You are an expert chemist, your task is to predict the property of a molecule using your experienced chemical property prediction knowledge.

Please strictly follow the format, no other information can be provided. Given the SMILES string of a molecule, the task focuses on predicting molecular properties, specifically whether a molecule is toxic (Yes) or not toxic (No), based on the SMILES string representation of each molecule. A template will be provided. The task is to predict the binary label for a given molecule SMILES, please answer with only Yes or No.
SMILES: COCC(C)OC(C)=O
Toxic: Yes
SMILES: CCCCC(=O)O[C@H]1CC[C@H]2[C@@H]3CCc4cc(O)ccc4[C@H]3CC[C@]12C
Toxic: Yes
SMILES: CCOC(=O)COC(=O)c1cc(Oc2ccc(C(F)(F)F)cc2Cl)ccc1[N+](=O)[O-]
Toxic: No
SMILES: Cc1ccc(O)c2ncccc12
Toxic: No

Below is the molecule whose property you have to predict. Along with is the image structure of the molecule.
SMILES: N[C@@H](COP(=O)(O)O)C(=O)O
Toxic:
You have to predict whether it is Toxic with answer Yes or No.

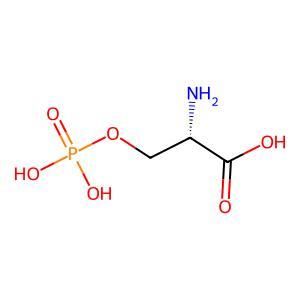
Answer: No